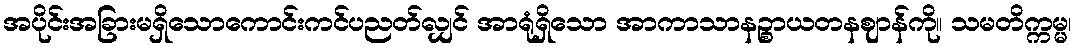
အပိုင်းအခြားမရှိသောကောင်းကင်ပညတ်လျှင် အာရုံရှိသော အာကာသာနဉ္စာယတနဈာန်ကို။ သမတိက္ကမ္မ၊